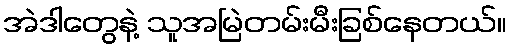
အဲဒါတွေနဲ့ သူအမြဲတမ်းမီးခြစ်နေတယ်။